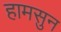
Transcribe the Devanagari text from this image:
हामसुन